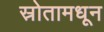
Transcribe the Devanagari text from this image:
स्रोतामधून